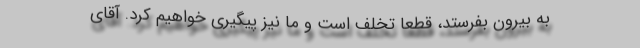
به بیرون بفرستد، قطعاً تخلف است و ما نیز پیگیری خواهیم کرد. آقای